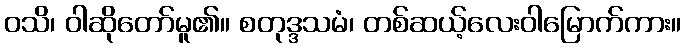
ဝသိ၊ ဝါဆိုတော်မူ၏။ စတုဒ္ဒသမံ၊ တစ်ဆယ့်လေးဝါမြောက်ကား။